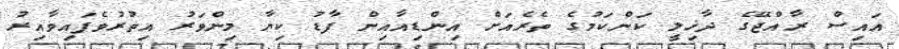
އައިސް ރާއްޖޭގެ ދާޚިލީ ކަންކަމުގެ ތެރެއަށް އިންޑިއާއިން ފާޑު ކިޔާ މިންވަރު އިތުރުވެފައިވާއިރު